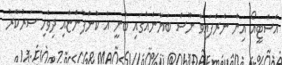
އެސްޓީއޯ އިން ނެރެފައިވާ ނޫސް ބަޔާނެއްގައި ބުނީ އެ ކުންފުންޏާއި ދިވެހި ސަރުކާރު